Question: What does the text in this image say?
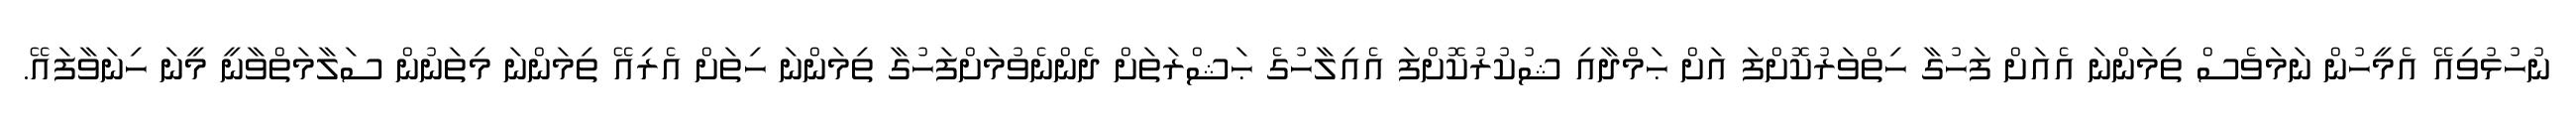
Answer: ނުހުޅުވިއޭ އެމީހުން ނަމަވެސް ތިމަންނަ އެއަށް ފަހުގާ ހިތްވަރުކޮށްފަ އަށް ޙަމްދާއި ޝުކުރުކޮށްފަ އެއިލާހުގެ ޙަޝްރަތަށް ދެންނެވުމަށްފަހުގާ ތިމަންނަ ހިތަށް އެރިއޭ ތިމަންނަ މިތަނުން ސަލާމަތްވާނީ މީނަ ހިނަވާފައޭ.